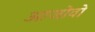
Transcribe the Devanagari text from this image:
आजोवो